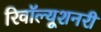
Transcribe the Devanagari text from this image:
रिवॉल्यूशनरी